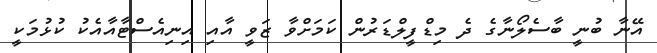
އޭނާ ބުނީ ބާސެލޯނާގެ ދެ މިޑްފީލްޑަރުން ކަމަށްވާ ޒަވީ އާއި އިނިއެސްޓާއާއެކު ކުޅުމަކީ